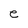
Character: e